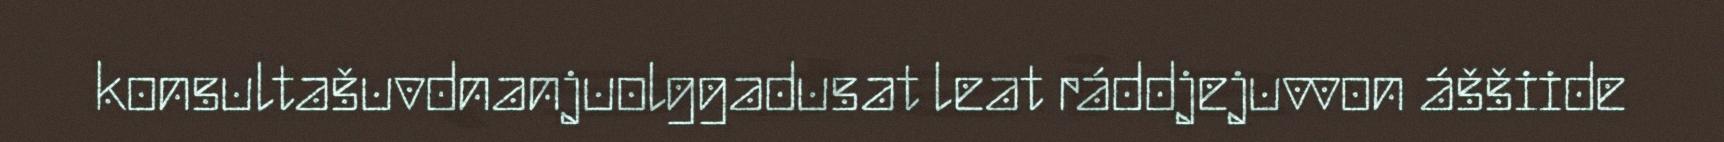
konsultašuvdnanjuolggadusat leat ráddjejuvvon áššiide